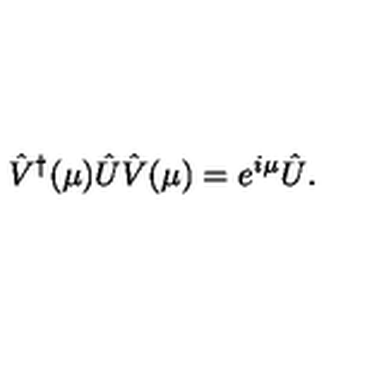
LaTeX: \hat { V } ^ { \dagger } ( \mu ) \hat { U } \hat { V } ( \mu ) = e ^ { i \mu } \hat { U } .